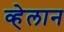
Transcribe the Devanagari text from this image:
व्हेलान